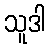
သူဒါ